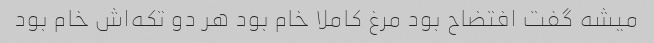
میشه گفت افتضاح بود مرغ کاملا خام بود هر دو تکه‌اش خام بود